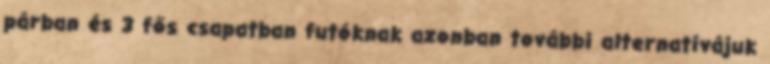
párban és 3 fős csapatban futóknak azonban további alternatívájuk